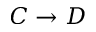
C \rightarrow D